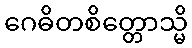
ဂေဓိတစိတ္တောသ္မိ